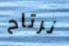
نرتاح